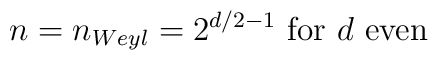
n=n_{Weyl}=2^{d/2-1}   \mbox{    for $d$ even}